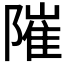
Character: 𨻵